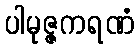
ပါမုဇ္ဇကရဏံ